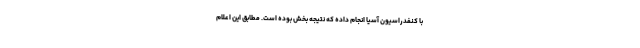
با کنفدراسیون آسیا انجام داده که نتیجه بخش بوده است. مطابق این اعلام